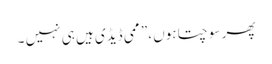
پھر سوچتا ہوں ،” ممی ڈیڈی ہیں ہی نہیں ۔